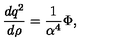
{ \frac { d q ^ { 2 } } { d \rho } } = { \frac { 1 } { \alpha ^ { 4 } } } \Phi ,